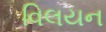
વિલયન